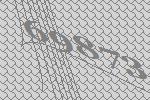
69873